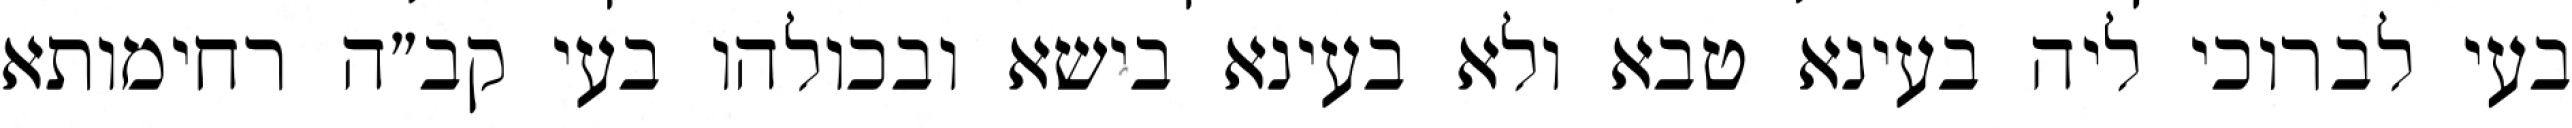
בעי לברוכי ליה בעינא טבא ולא בעינא בישא ובכולהו בעי קב״ה רחימותא